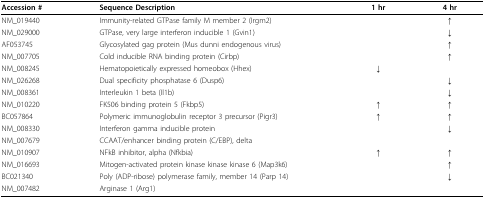
| Accession # | Sequence Description | 1 hr | 4 hr |
 | --- | --- | --- | --- |
 | NM_019440 | Immunity-related GTPase family M member 2 (Irgm2) |  | ↑ |
 | NM_029000 | GTPase, very large interferon inducible 1 (Gvin1) |  | ↓ |
 | AF053745 | Glycosylated gag protein (Mus dunni endogenous virus) |  | ↑ |
 | NM_007705 | Cold inducible RNA binding protein (Cirbp) |  | ↑ |
 | NM_008245 | Hematopoietically expressed homeobox (Hhex) | ↓ |  |
 | NM_026268 | Dual specificity phosphatase 6 (Dusp6) |  | ↓ |
 | NM_008361 | Interleukin 1 beta (Il1b) |  | ↓ |
 | NM_010220 | FK506 binding protein 5 (Fkbp5) | ↑ | ↑ |
 | BC057864 | Polymeric immunoglobulin receptor 3 precursor (Pigr3) | ↑ | ↑ |
 | NM_008330 | Interferon gamma inducible protein |  | ↓ |
 | NM_007679 | CCAAT/enhancer binding protein (C/EBP), delta |  |  |
 | NM_010907 | NFkB inhibitor, alpha (Nfkbia) | ↑ | ↑ |
 | NM_016693 | Mitogen-activated protein kinase kinase kinase 6 (Map3k6) |  | ↑ |
 | BC021340 | Poly (ADP-ribose) polymerase family, member 14 (Parp 14) |  | ↓ |
 | NM_007482 | Arginase 1 (Arg1) |  |  |